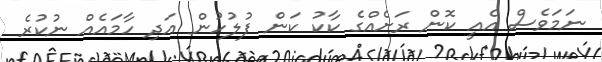
ނަމަވެސް އެއީ ކޮން ރަށެއްގެ ކާކު ކަން ފުލުހުން އަދި ހާމައެއް ނުކުރެ